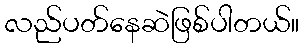
လည်ပတ်နေဆဲဖြစ်ပါတယ်။